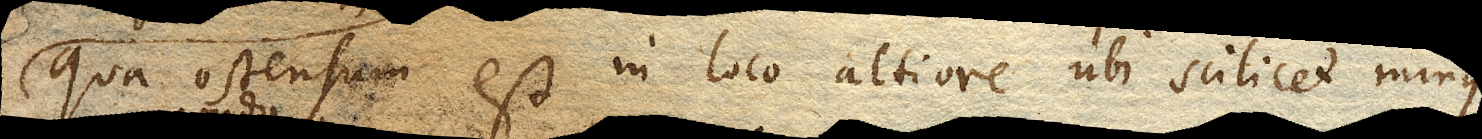
qua ostensum est in loco altiore ubi scilicet minus